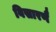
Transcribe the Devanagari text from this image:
विसारणै